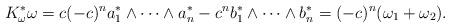
LaTeX: \begin{gather*}K_{\omega}^*\omega = c(-c)^n a^*_1\wedge \cdots \wedge a^*_n -c^{n}b^*_1\wedge \cdots \wedge b^*_n =(-c)^n(\omega_1 + \omega_2).\end{gather*}